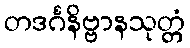
တဒင်္ဂနိဗ္ဗာနသုတ္တံ